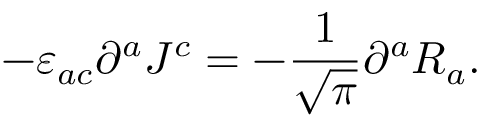
- \varepsilon _ { a c } \partial ^ { a } J ^ { c } = - \frac { 1 } { \sqrt { \pi } } \partial ^ { a } R _ { a } .